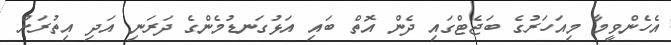
އެހެންވީމާ މިއަހަރުގެ ބަޖެޓްގައި ދެން އޮތް ބައި އަޅުގަނޑުމެންގެ ދަރަނި އަދި އިތުރަށް